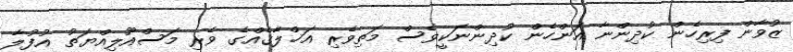
ޒުވާން ފިރިހެން ކުދިންނާ އަންހެން ކުދިންނަކީވެސް މަތިވެރި އަޚްލާޤެއްގެ ވެރި މަސްއޫލިއްޔަތު އުފުލާ